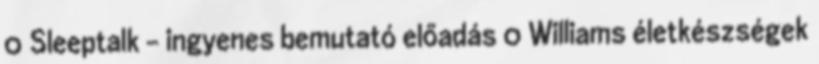
0 Sleeptalk – ingyenes bemutató előadás 0 Williams életkészségek